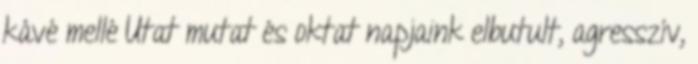
kávé mellé Utat mutat és oktat napjaink elbutult, agresszív,